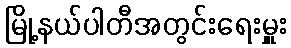
မြို့နယ်ပါတီအတွင်းရေးမှူး